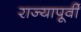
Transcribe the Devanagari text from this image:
राज्यापूर्वीं